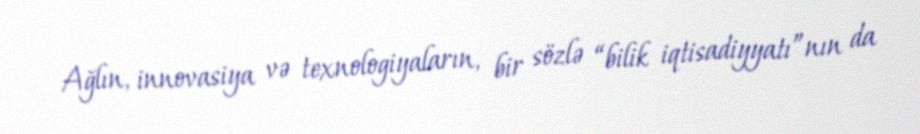
Ağlın, innovasiya və texnologiyaların, bir sözlə “bilik iqtisadiyyatı”nın da